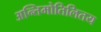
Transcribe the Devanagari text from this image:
अन्तिमोतिलितय